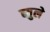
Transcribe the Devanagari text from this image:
ब्युले